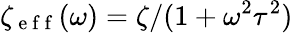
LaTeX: \zeta_{\mathrm{~e~f~f~}}(\omega)=\zeta/(1+\omega^{2}\tau^{2})